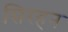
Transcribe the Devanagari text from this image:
सिरहन